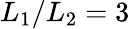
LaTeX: L_{1}/L_{2}=3